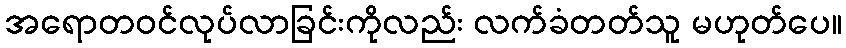
အရောတဝင်လုပ်လာခြင်းကိုလည်း လက်ခံတတ်သူ မဟုတ်ပေ။